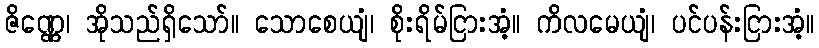
ဇိဏ္ဏေ၊ အိုသည်ရှိသော်။ သောစေယျံ၊ စိုးရိမ်ငြားအံ့။ ကိလမေယျံ၊ ပင်ပန်းငြားအံ့။